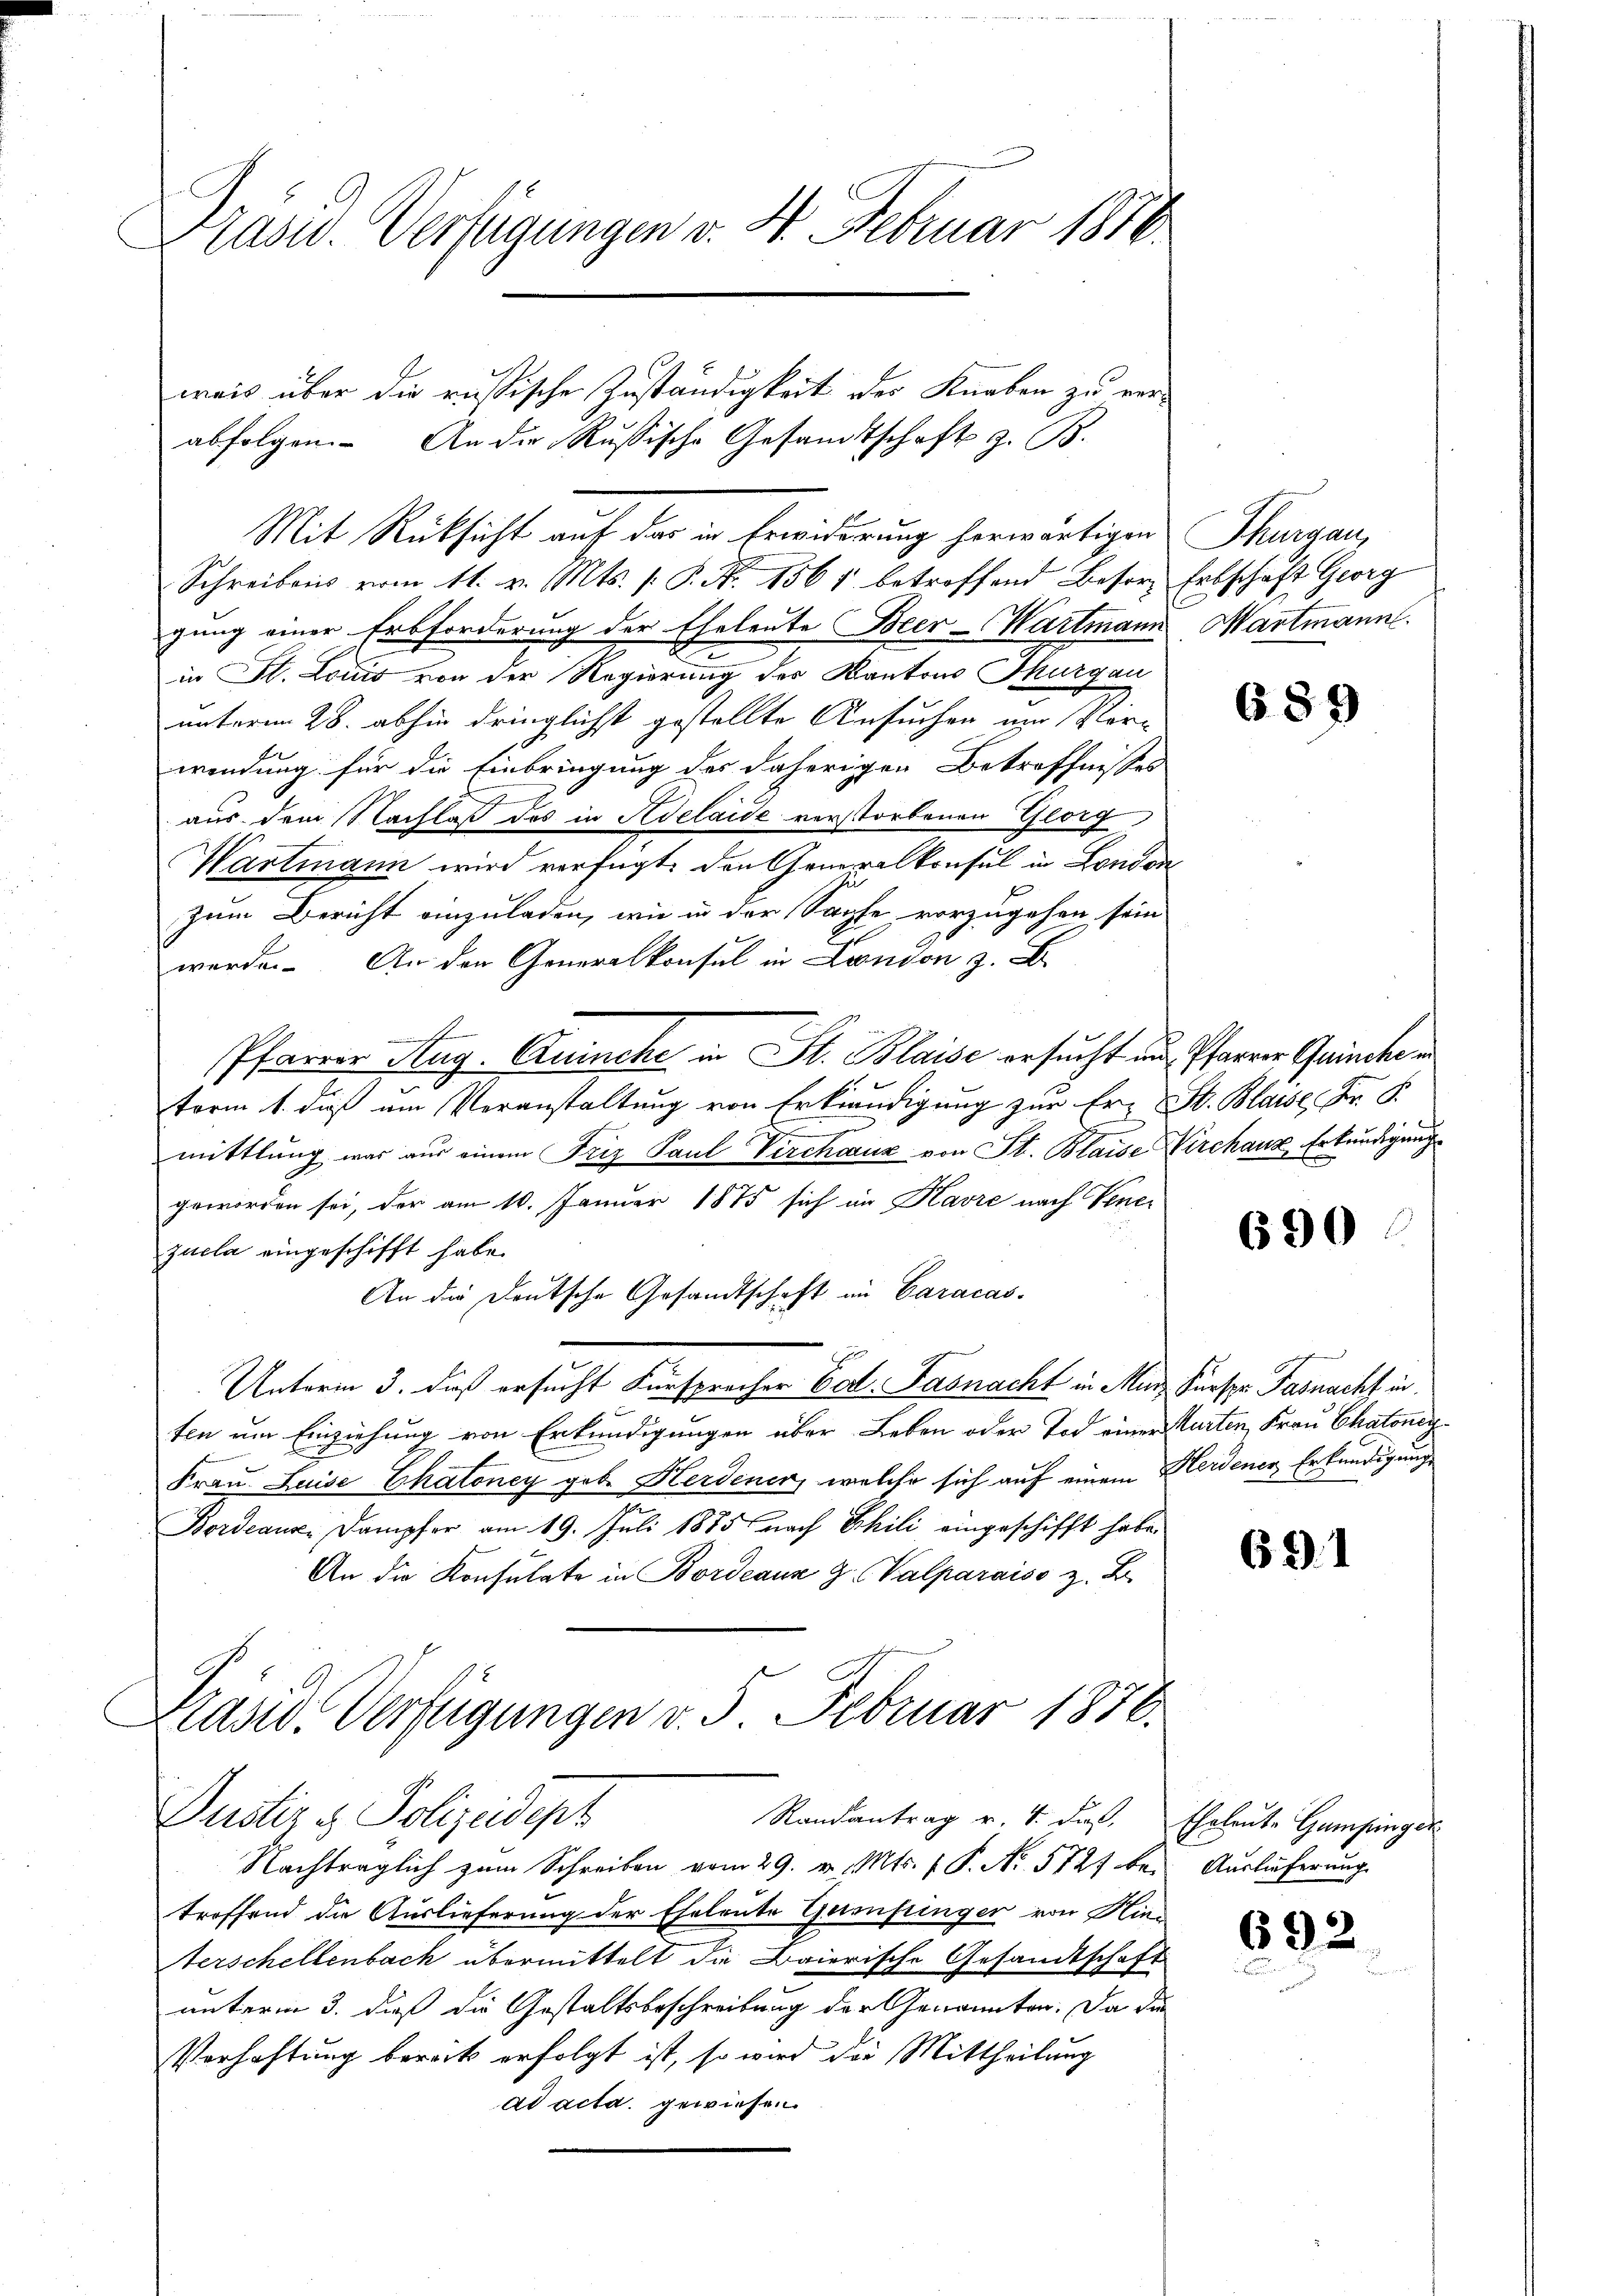
Präsid. Verfügungen v. 4. Februar 1810

Schreibens vom 11. v. Mts. 1. P. Nr. 1564 betreffend Besor Erbschaft Georg
gung einer Erbforderung der Eheleute Beer-Wartmann
in St. Louis von der Regierung des Kantons Thurgau
unterm 28. abhin dringlichst gestellte Ansuchen um Vorwendung für die Einbringung des daherigen Betreffnisses
aus dem Nachlaß des in Adelaide verstorbenen Glorg
Wartmann wird verfügt, den Generalkonsul in London
zum Bericht einzuladen, wie in der Sache vorzugehen sein
werde. An der Generalkonsul in London z. B.
h
Pfarrer Aug. Quincke in St. Blaise ersucht und Pfarrer Quincher
term 1. daß um Veranstaltung von Erkendigung zur Er- St. Blasse Fr. S.
mittlung war aus einem Friz Paul Verchauz von St. Blaise Kirchaus Erkundigung
geworden sei, der am 10. Januar 1875 sich im Kavre nach Vener
zuela eingeschifft habe.
An die Deutsche Gesandtschaft im Caracas-
Unterm 3. daß ersucht Fürsprocher Tod. Fasnacht in Mur Fürspr. Fasnacht in

ten um Einziehung von Erkundigungen über Leben oder Tod einer Karten, Frau Chatonen
Frau Luise Chatoney geb. Herdenen, welche sich auf einem Herdener Erkundigung
Bordeauze Dampfer am 19. Juli 1885 nach Phili eingeschifft habe.
An die Konsulate in Bordeaus G. Valparaiso z. B.

weis über die russische Zuständigkeit der Knaben zu verabfolgen. An die Russische Gesandtschaft z. B.
Mit Rücksicht auf das in Erwiderung herwärtigen

Präsid. Verfügungen v. 5. Februar 1876.
Justiz & Polizeidept
Randantrag v. 1. daß. Eheleute Gampinger

Nachträglich zum Schreiben vom 29. v. Mts. 1 P. No. 5727 bei Auslieferung
troffend die Auslieferung der Eheleute Gemfinger von Hinterschellenbach übermittelt die Baierische Gesandtschaft
unterm 3. daß die Gestaltsbeschreibung der Genannten. Da die
Verhaftung berück erfolgt ist, so wird der Mittheilung
ad acta gewiesen.

Thurgau,
Wartmann.

689

690

691

692